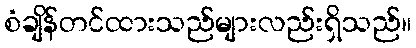
စံချိန်တင်ထားသည်များလည်းရှိသည်။